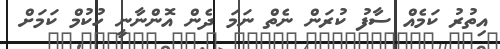
އިތުރު ކަމެއް ސާފު ކުރަން ނެތް ނަމަ ދެން އޮންނާނީ ހުކުމް ކަމަށް